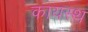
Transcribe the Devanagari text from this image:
कायस्‍थ